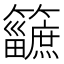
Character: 𥷿